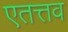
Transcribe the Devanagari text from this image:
एतत्तव